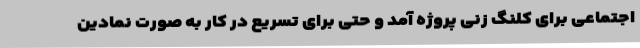
اجتماعی برای کلنگ زنی پروژه آمد و حتی برای تسریع در کار به صورت نمادین